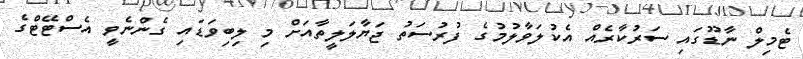
ޓެމިލް ނާޑޫގައި ސަރުކާރެއް އެކުލަވާލުމުގެ ފުރުސަތު ޖަޔާލަލީތާއަށް މި ލިބިވަޑައި ގެންނެވީ އެސްޓޭޓްގެ